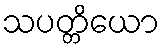
သပတ္တိယော